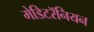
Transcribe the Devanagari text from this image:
मेडिटरॅनियन